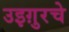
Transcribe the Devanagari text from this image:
उइग़ुरचे